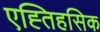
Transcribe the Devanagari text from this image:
एह्तिहसिक